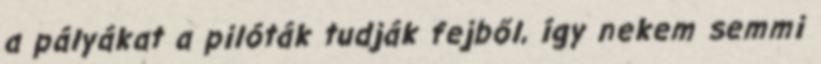
a pályákat a pilóták tudják fejből, így nekem semmi